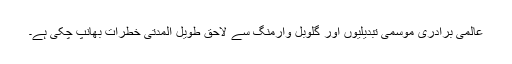
عالمی برادری موسمی تبدیلیوں اور گلوبل وارمنگ سے لاحق طویل المدتی خطرات بھانپ چکی ہے۔